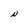
Character: N